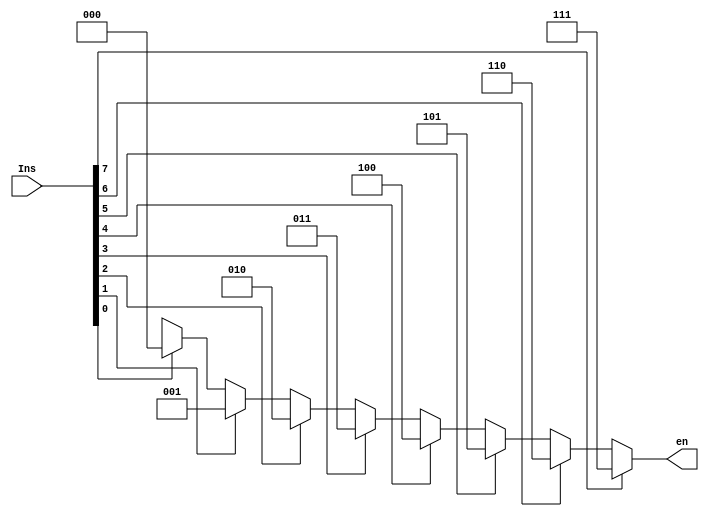
`timescale 1ns / 1ps
//////////////////////////////////////////////////////////////////////////////////
// Company: 
// Engineer: 
// 
// Design Name: 
// Module Name: ENCODER3x8
// Project Name: 
// Target Devices: 
// Tool Versions: 
// Description: 
// 
// Dependencies: 
// 
// Revision:
// Revision 0.01 - File Created
// Additional Comments:
// 
//////////////////////////////////////////////////////////////////////////////////


module ENCODER3x8(en, Ins);

   input [7:0] Ins;
   output [2:0] en;

   assign en =
      (Ins[7] == 1'b1) ? 3'b111:
      (Ins[6] == 1'b1) ? 3'b110:
      (Ins[5] == 1'b1) ? 3'b101:
      (Ins[4] == 1'b1) ? 3'b100:
      (Ins[3] == 1'b1) ? 3'b011:
      (Ins[2] == 1'b1) ? 3'b010:
      (Ins[1] == 1'b1) ? 3'b001:
      (Ins[0] == 1'b1) ? 3'b000: 3'bxxx;

endmodule